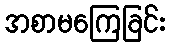
အစာမကြေခြင်း